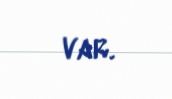
var.